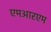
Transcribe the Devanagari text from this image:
एमआरएम